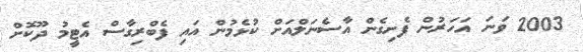
2003 ވަނަ އަހަރުން ފެށިގެން އާސެނަލްއަށް ކުޅެމުން އައި ފެބްރިގާސް އެޓީމު ދޫކޮށް